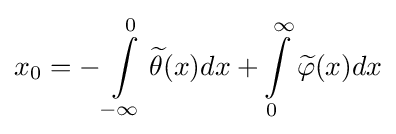
x_{0}=-\int \limits _{-\infty }^{0}{\widetilde {\theta }}(x)dx+\int \limits _{0}^{\infty }{\widetilde {\varphi }}(x)dx